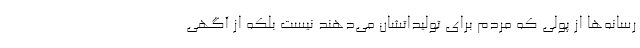
رسانه‌ها از پولی که مردم برای تولیداتشان می‌دهند نیست بلکه از آگهی‌